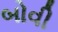
બોવી